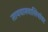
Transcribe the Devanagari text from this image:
तायवानवासियांवर